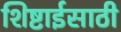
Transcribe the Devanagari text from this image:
शिष्टाईसाठी